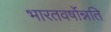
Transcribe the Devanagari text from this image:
भारतवर्षोन्नति